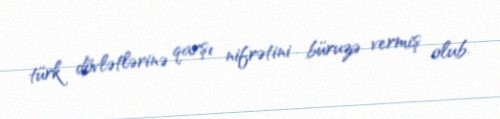
türk dövlətlərinə qarşı nifrətini büruzə vermiş olub.